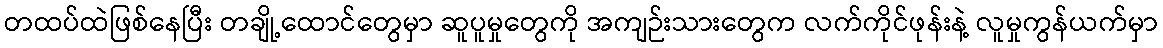
တထပ်ထဲဖြစ်နေပြီး တချို့ထောင်တွေမှာ ဆူပူမှုတွေကို အကျဉ်းသားတွေက လက်ကိုင်ဖုန်းနဲ့ လူမှုကွန်ယက်မှာ